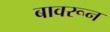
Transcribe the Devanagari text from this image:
बावरून